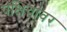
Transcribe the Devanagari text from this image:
पक्षियांवर